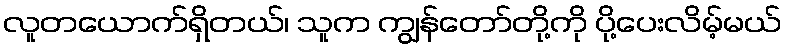
လူတယောက်ရှိတယ်၊ သူက ကျွန်တော်တို့ကို ပို့ပေးလိမ့်မယ်